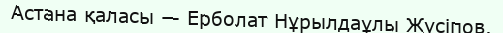
Астана қаласы — Ерболат Нұрылдаұлы Жүсіпов.